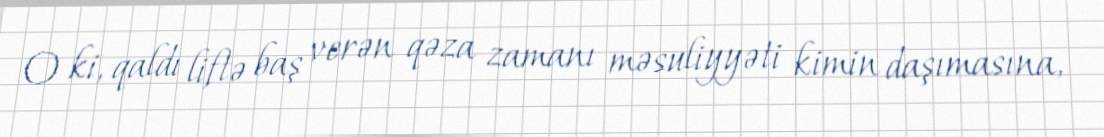
O ki, qaldı liftə baş verən qəza zamanı məsuliyyəti kimin daşımasına,